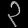
Digit: ၃